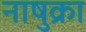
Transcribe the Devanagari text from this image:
नाषुक्रा